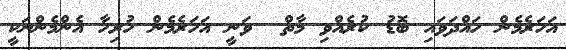
އަހަރެމެން ހައްދަވައި ބޮޑު ކުރެއްވި މާތް  ވަނީ އަހަރެމެން ހުރިހާ އެންމެންނަކީ